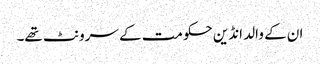
ان کے والد انڈین حکومت کے سرونٹ تھے۔